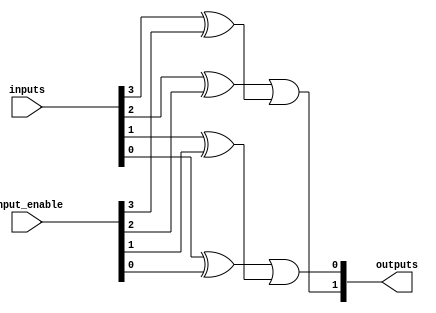
module ProgrammableLogicArray #(parameter N = 4,   // Number of inputs
                                parameter M = 2,   // Number of outputs
                                parameter P = 4    // Number of AND gates
                               )(
    input  [N-1:0] inputs,              // Inputs
    input  [N-1:0] input_enable,        // Enable signals for inputs (1 = direct, 0 = inverted)
    output [M-1:0] outputs               // Outputs
);

    // Internal wires for AND outputs
    wire [P-1:0] and_outputs;

    // AND Array
    // For simplicity, we define 4 AND gates each taking 4 inputs
    genvar i;
    generate 
        for (i = 0; i < P; i = i + 1) begin : and_gate
            // Example of programmable connections
            wire [N-1:0] and_input;
            // Use the input_enable to select direct or complemented input
            assign and_input = { inputs[N-1] ^ input_enable[N-1],
                                 inputs[N-2] ^ input_enable[N-2],
                                 inputs[N-3] ^ input_enable[N-3],
                                 inputs[N-4] ^ input_enable[N-4] }; 
            assign and_outputs[i] = &{and_input[i], and_input[i], and_input[i], and_input[i]}; // Example & gate operation
        end
    endgenerate

    // OR Array
    // Each output can connect to any number of AND gates
    genvar j;
    generate 
        for (j = 0; j < M; j = j + 1) begin : or_gate
            // Example: each OR gate connects to specific AND gates
            // This is where you would configure the connections for the OR gates
            assign outputs[j] = or_logic(j); // Call a function to determine OR logic
        end
    endgenerate

    function or_logic(input integer idx);
        begin
            case (idx)
                0: or_logic = (and_outputs[0] | and_outputs[1]); // Output 0 logic
                1: or_logic = (and_outputs[2] | and_outputs[3]); // Output 1 logic
                default: or_logic = 1'b0;
            endcase
        end
    endfunction

endmodule